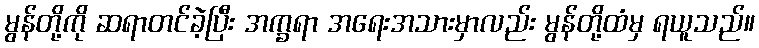
မွန်တို့ကို ဆရာတင်ခဲ့ပြီး အက္ခရာ အရေးအသားမှာလည်း မွန်တို့ထံမှ ရယူသည်။